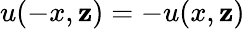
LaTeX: u(-x,\mathbf{z})=-u(x,\mathbf{z})